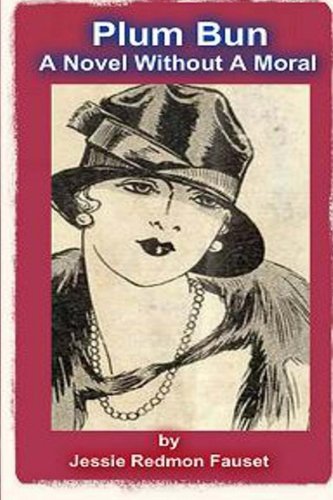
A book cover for Plum Bun: A Novel Without A Moral; Jessie Redmon Fauset; Literature & Fiction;